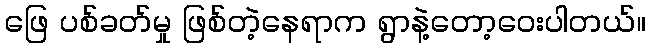
ဖြေ ပစ်ခတ်မှု ဖြစ်တဲ့နေရာက ရွာနဲ့တော့ဝေးပါတယ်။